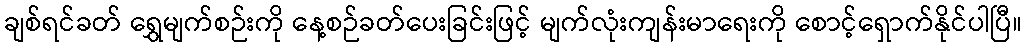
ချစ်ရင်ခတ် ရွှေမျက်စဉ်းကို နေ့စဉ်ခတ်ပေးခြင်းဖြင့် မျက်လုံးကျန်းမာရေးကို စောင့်ရှောက်နိုင်ပါပြီ။